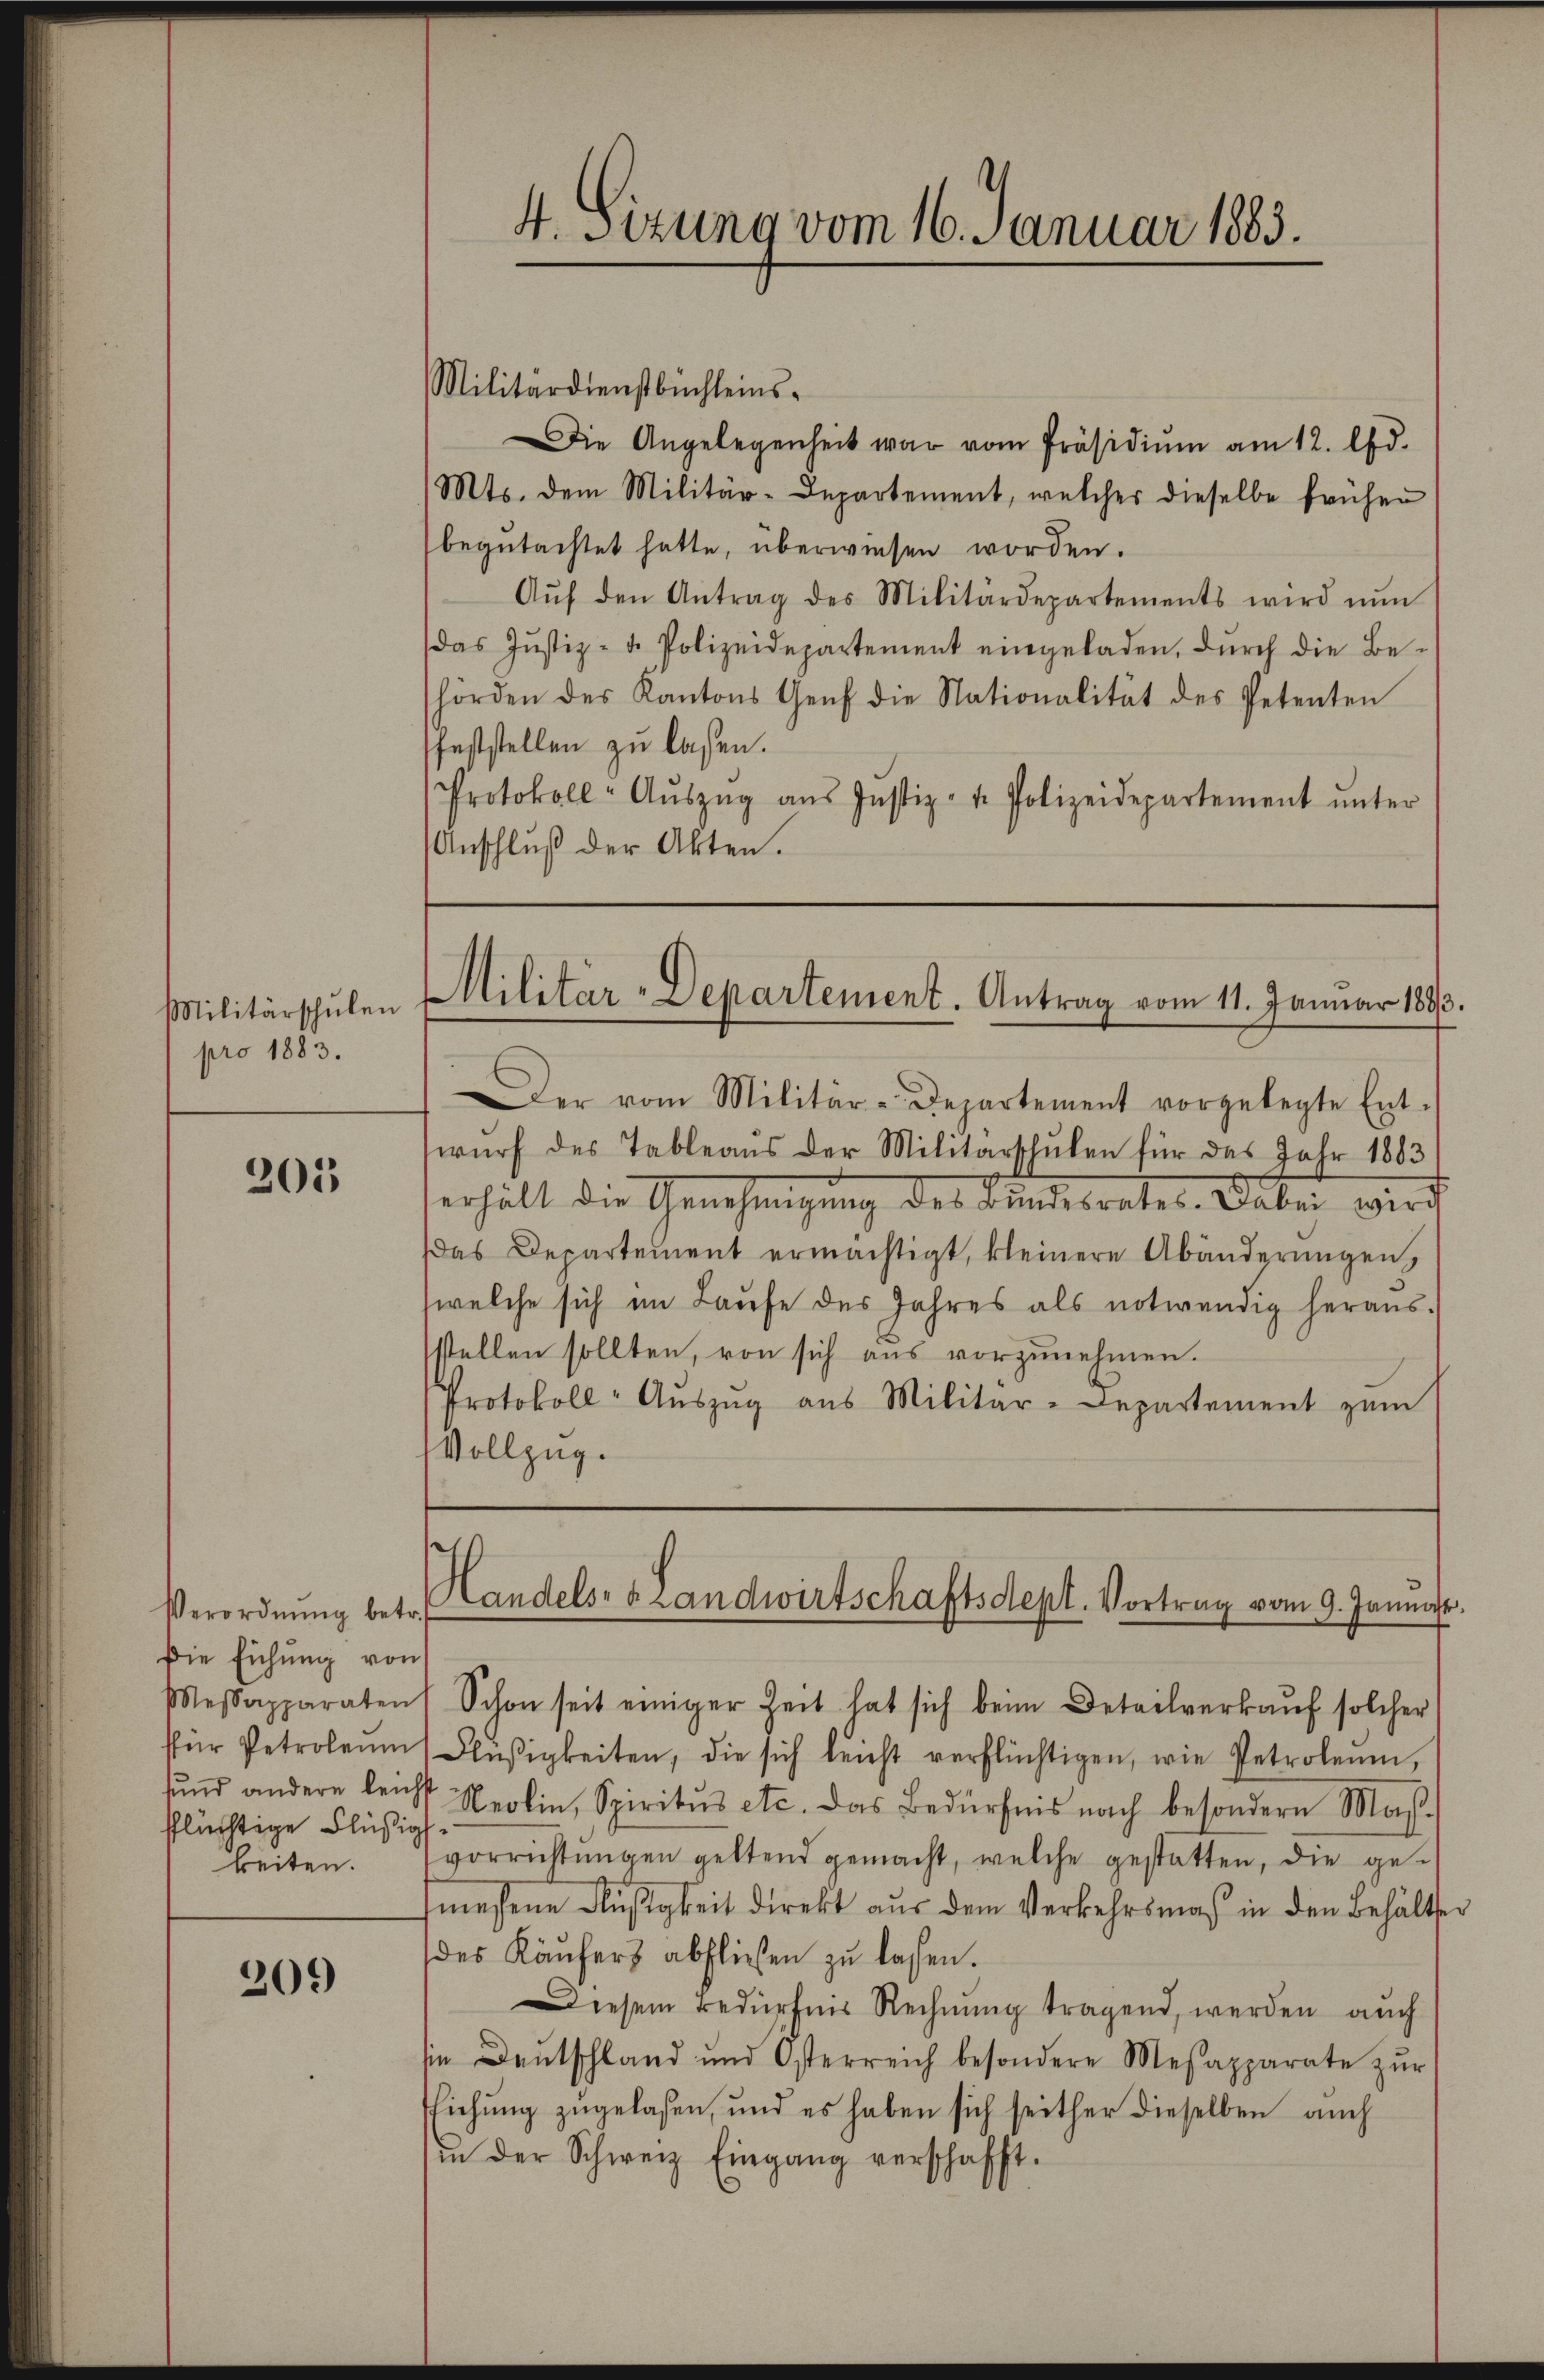
Militärschulen
pro 1883.

205

Verordnung betr.
Die Eichung von
flüchtige Flüßig
beiten.

209

Militärdienstbüchleins¬
Die Angelegenheit war vom Präsidiŭm am 12. Ad.
Mts. dem Militär-Departement, welcher dieselbe früher
begutachtet hatte, überwiesen worden.
Aŭf den Antrag des Militärdepartements wird nŭn
das Jŭstiz- u. Polizeidepartement eingeladen, dŭrch die Be-
hörden des Kantons Genf die Nationalität des Petenten
feststellen zu lassen.
Protokoll-Aŭszŭg aŭs Justiz- u. Polizeidepartement ŭnter
Anschluß der Akten.

4. Sizung vom 16. Januar 1883.

Militar-Departement. Antrag vom 11. Januar 1893.

Der vom Militär-Departement vorgelegte Ent-
wurf des Tableaus der Militärschulen für das Jahr 1883
erhält die Genehmigung des Bundesrates. Dabei wird
as Departement ermächtigt, kleinere Abänderungen,
welche sich im Laufe des Jahres als notwendig heraus.
stellen sollten, von sich aus vorzunehmen.
Protokoll-Aŭszŭg aŭs Militär-Departement zŭm
Vollzug.

s
Handelsa Landwirtschaftsdept. Vortrag vom 9. Januast.

Messapparaten Schon seit einiger Zeit hat sich beim Detailverkaŭf solcher
ffür Petroleum Flüßigkeiten, die sich leicht verflüchtigen, wie Petroleŭm,
fŭnd andere leicht Neolin, Spiritus etc. Das Bedürfnis nach besondern Maβ-
vorrichtŭngen geltend gemacht, welche gestatten, die ge-
messene Flüßigkeit direkt aus dem Verkehrsmas in den Behälter
des Käufers abfließen zu lassen.
Diesem Bedürfnis Rechnung tragend, werden auch
in Deutschland und Österreich besondere Mesapparate zŭr
Eichŭng zugelasen, und es haben sich seither dieselben auch
in der Schweiz Eingang verschafft.